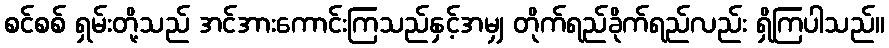
စင်စစ် ရှမ်းတို့သည် အင်အားကောင်းကြသည်နှင့်အမျှ တိုက်ရည်ခိုက်ရည်လည်း ရှိကြပါသည်။